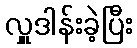
လှူဒါန်းခဲ့ပြီး